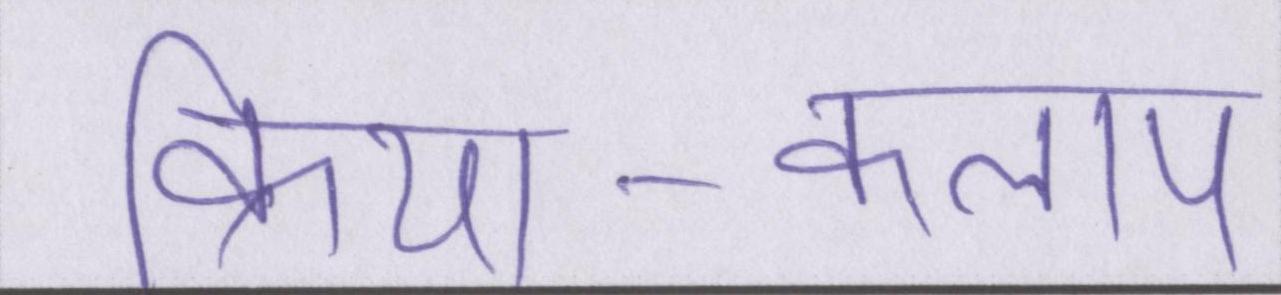
क्रिया-कलाप